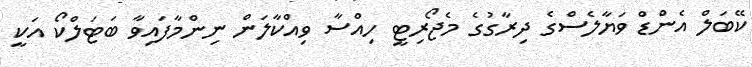
ކޭބަލް އެންޑް ވަޔާލެސްގެ ދިރާގުގެ މެޖޯރިޓީ ހިއްސާ ވިއްކާލަން ނިންމާފައިވާ ބަޓަލްކޯ އަކީ